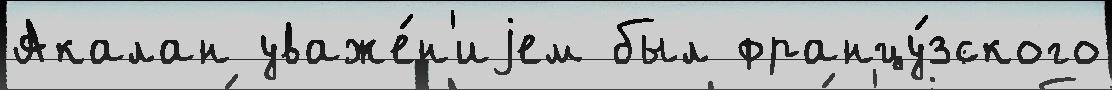
Акалан уваже́н'иjем был францу́зского